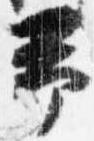
予